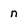
Character: n